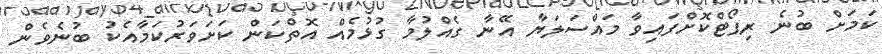
ކަމަށް ބުނެ ރިޕޯޓްކޮށްފައިވާ މައްސަލަޔާ އޭނާ ގެއްލުމާ ގުޅުމެއް އޮތްކަން ކަށަވަރުކަމާއެކު ބުނެވެން